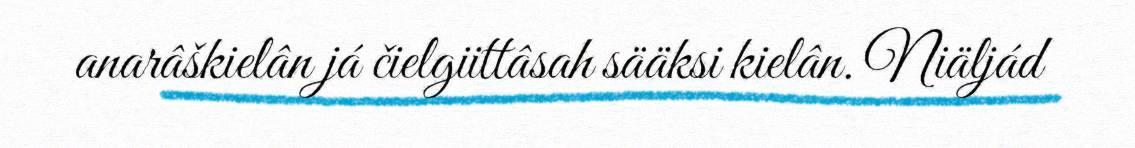
anarâškielân já čielgiittâsah sääksi kielân. Niäljád